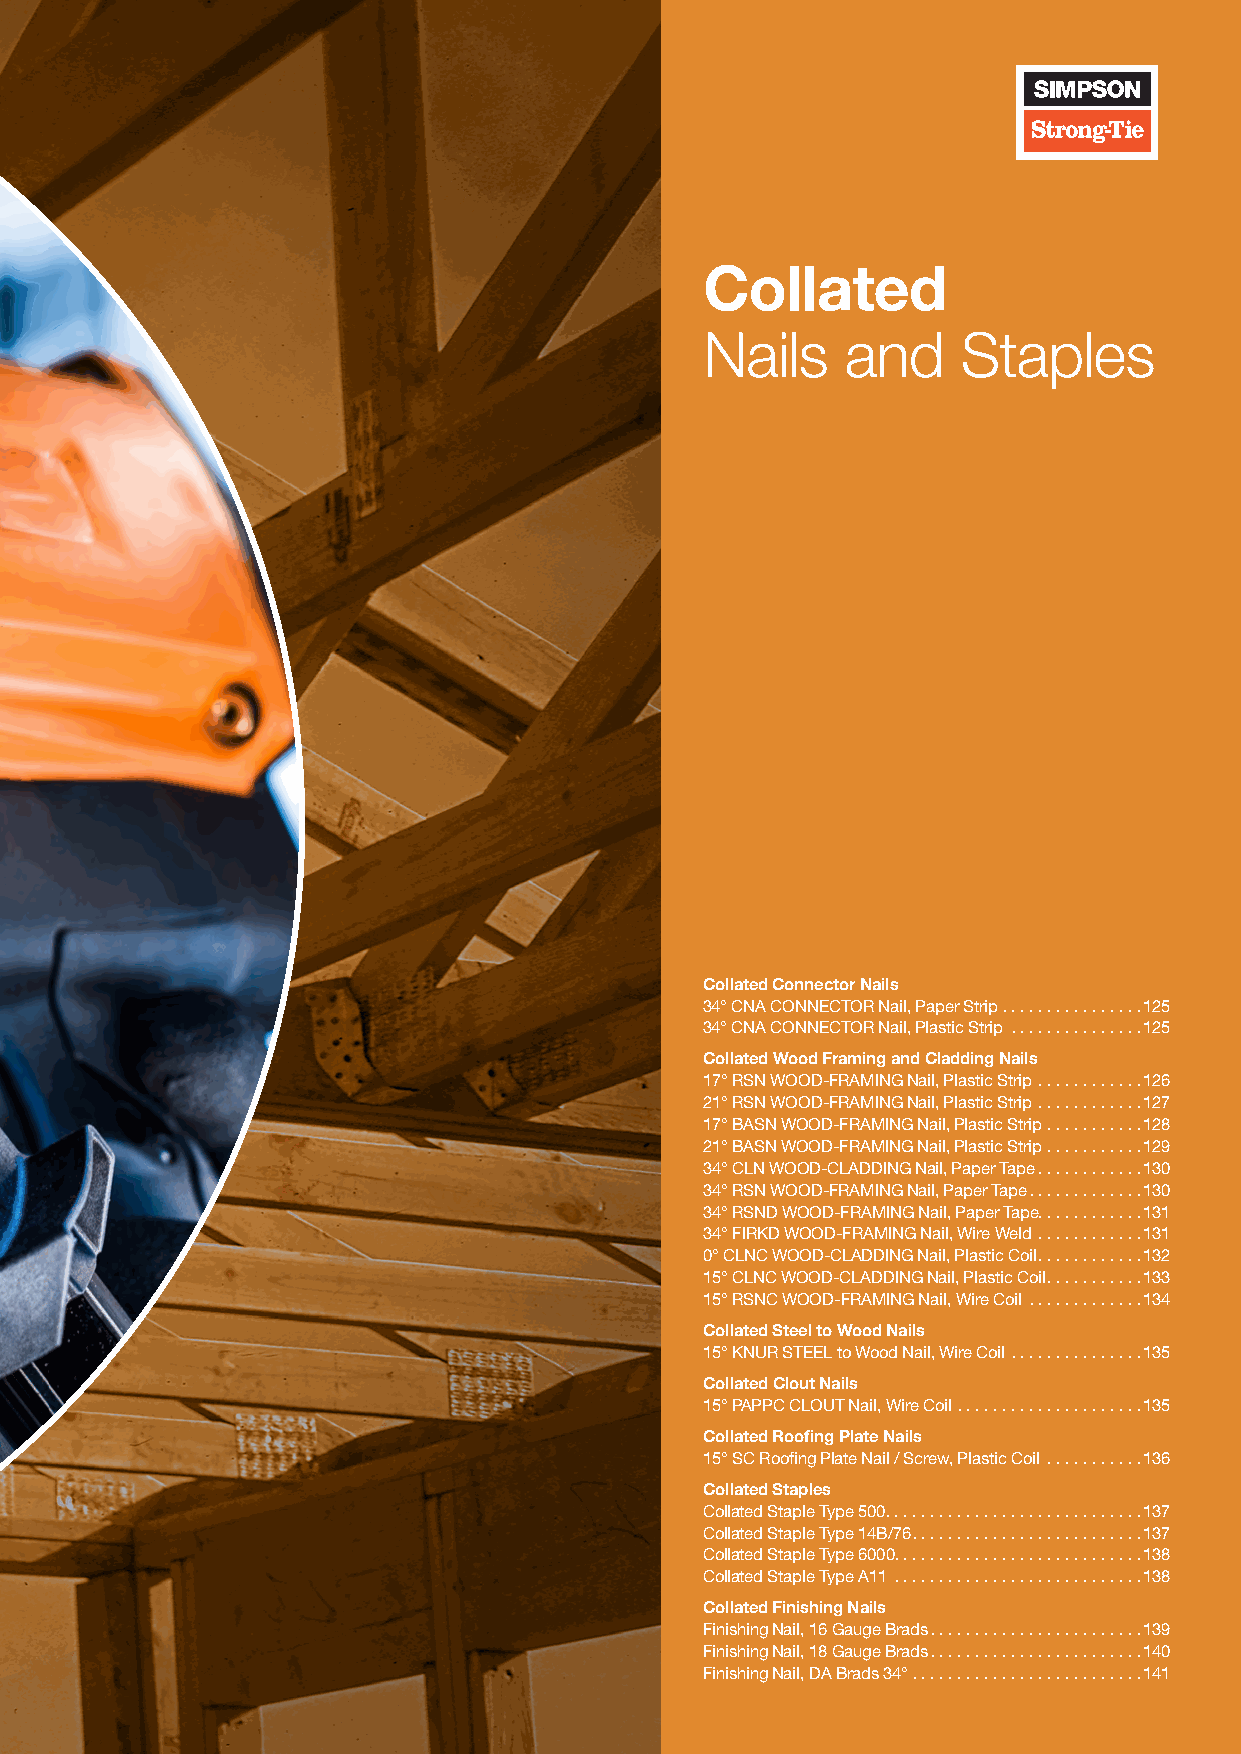
Collated
 Nails    and     Staples
 Collated Connector Nails
 34° CNA CONNECTOR Nail, Paper Strip  . . . . . . . . . . . . . . . .125
 34° CNA CONNECTOR Nail, Plastic Strip  . . . . . . . . . . . . . . .125
 Collated Wood Framing and Cladding Nails
 17° RSN WOOD-FRAMING Nail, Plastic Strip  . . . . . . . . . . . .126
 21° RSN WOOD-FRAMING Nail, Plastic Strip  . . . . . . . . . . . .127
 17° BASN WOOD-FRAMING Nail, Plastic Strip  . . . . . . . . . . .128
 21° BASN WOOD-FRAMING Nail, Plastic Strip  . . . . . . . . . . .129
 34° CLN WOOD-CLADDING Nail, Paper Tape . . . . . . . . . . . .130
 34° RSN WOOD-FRAMING Nail, Paper Tape . . . . . . . . . . . . .130
 34° RSND WOOD-FRAMING Nail, Paper Tape . . . . . . . . . . . .131
 34° FIRKD WOOD-FRAMING Nail, Wire Weld  . . . . . . . . . . . .131
 0° CLNC WOOD-CLADDING Nail, Plastic Coil . . . . . . . . . . . .132
 15° CLNC WOOD-CLADDING Nail, Plastic Coil . . . . . . . . . . .133
 15° RSNC WOOD-FRAMING Nail, Wire Coil  . . . . . . . . . . . . .134
 Collated Steel to Wood Nails
 15° KNUR STEEL to Wood Nail, Wire Coil  . . . . . . . . . . . . . . .135
 Collated Clout Nails
 15° PAPPC CLOUT Nail, Wire Coil  . . . . . . . . . . . . . . . . . . . . .135
 Collated Roofing Plate Nails
 15° SC Roofing Plate Nail / Screw, Plastic Coil  . . . . . . . . . . .136
 Collated Staples
 Collated Staple Type 500 . . . . . . . . . . . . . . . . . . . . . . . . . . . . .137
 Collated Staple Type 14B/76 . . . . . . . . . . . . . . . . . . . . . . . . . .137
 Collated Staple Type 6000 . . . . . . . . . . . . . . . . . . . . . . . . . . . .138
 Collated Staple Type A11  . . . . . . . . . . . . . . . . . . . . . . . . . . . .138
 Collated Finishing Nails
 Finishing Nail, 16 Gauge Brads . . . . . . . . . . . . . . . . . . . . . . . .139
 Finishing Nail, 18 Gauge Brads . . . . . . . . . . . . . . . . . . . . . . . .140
 Finishing Nail, DA Brads 34°  . . . . . . . . . . . . . . . . . . . . . . . . . .141